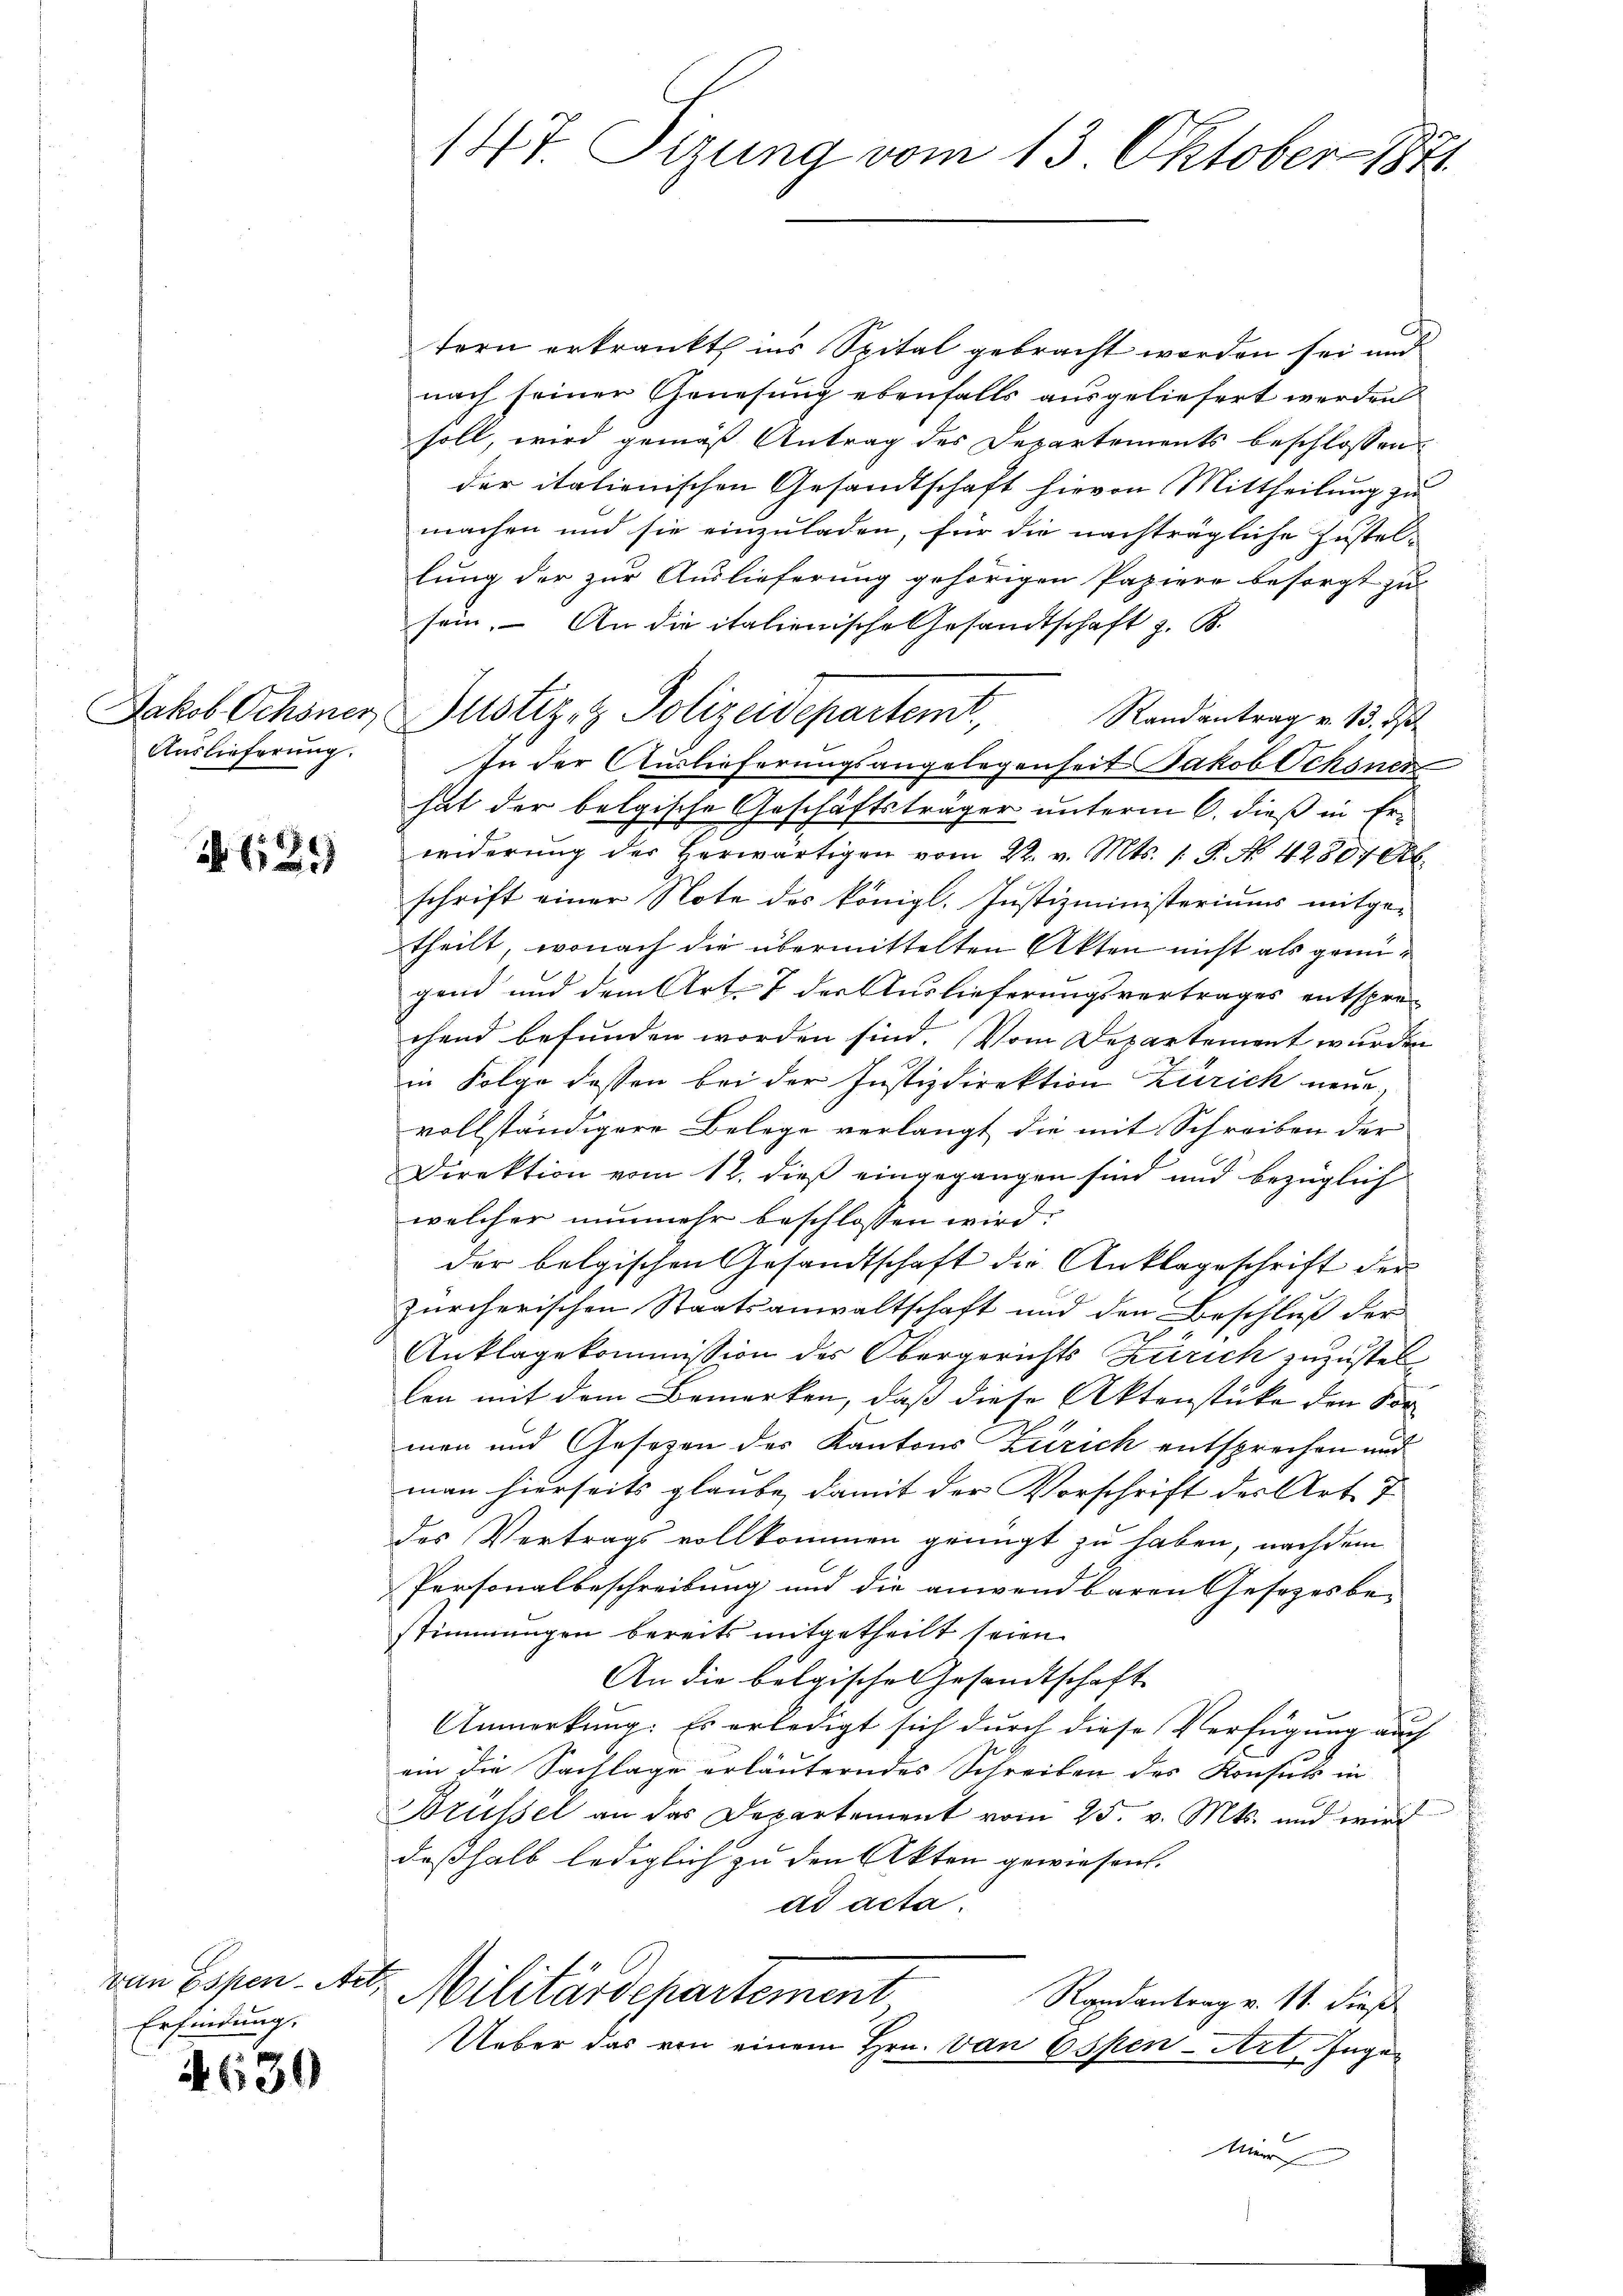
Auslieferung.

A 159

von Essen-Aer,
Erfindung.

4630

147. Sizung vom 13. Oktober 1871

Jakob Ochsner, Justiz- & Polizeidepartemt,

tern erkrankt ins Spital gebracht worden sei und
nach seiner Genesung ebenfalls ausgeliefert werden
soll, wird gemäß Antrag des Departements beschlossen
der italienischen Gesandtschaft hievon Mittheilung zu
machen und sie einzuladen, für die nachträgliche Zustel-
lung der zur Auslieferung gehörigen Papiere besorgt zu
sein. An die italienische Gesandtschaft z. B.
Randantrag v. 13. ds
In der Auslieferungsangelegenseit Jakob Ochsner
hat der belgische Geschäftsträger unterm 6. dieß in Erwiderŭng des herwärtigen vom 22. v. Mts. 1 S. No. 42807 Ob.
schrift einer Note des königl. Justizministeriums mitge-
theilt, wonach die übermittelten Akten nicht als genügend und dem Art. 7 der Auslieferungsvertrages entsprechend befunden worden sind. Vom Departement wurden
in Folge dessen bei der Justizdirektion Zürich neue
vollständigere Belege verlangt die mit Schreiben der
Direktion vom 12. dieß eingegangen sind und bezüglich
welcher nunmehr beschlossen wird.
der belgischen Gesandtschaft die Anklageschrift der
zürcherischen Staatsanwaltschaft und den Beschluß der
Anklagekommission des Obergerichts Zürich zuzustel
len mit dem Bemerken, daß diese Aktenstücke den Vormen und Gesetzen des Kantons Zürich entsprechen und
man hierseits glaube, damit der Vorschrift des Art. 7
des Vertrags vollkommen genügt zu haben, nachdem
Personalbeschreibung und die anwendbaren Gesezes be-
stimmungen bereits mitgetheilt seien.
An die belgische Gesandtschaft
Anmerkung: Es erledigt sich durch diese Verfügung auch
ein die Sachlage erläuterndes Schreiben des Konsul in
Brüssel an das Departement vom 25. v. Mts. und wird
deßhalb lediglich zu den Akten gewiesen.
ad acta.
Militärdepartement
Randantrag v. 11. dieß
Ueber das von einem Hrn. Von Essen - Art. Inge¬
Mir